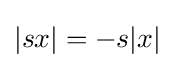
|sx|=-s|x|